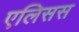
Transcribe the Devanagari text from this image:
एलिसस